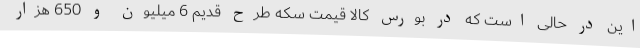
این در حالی است که در بورس کالا قیمت سکه طرح قدیم 6 میلیون و 650 هزار